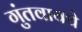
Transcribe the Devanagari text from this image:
गुंतवायचे